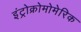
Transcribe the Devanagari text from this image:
इंट्रोक्रोमोमेरिक